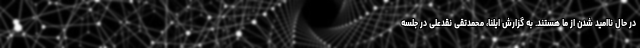
در حال ناامید شدن از ما هستند. به گزارش ایلنا، محمدتقی نقدعلی در جلسه